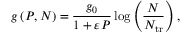
g \left( P , N \right) = \frac { g _ { 0 } } { 1 + \varepsilon P } \log \left( \frac { N } { N _ { \mathrm { t r } } } \right) ,